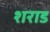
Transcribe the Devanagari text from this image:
शराड